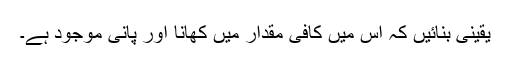
یقینی بنائیں کہ اس میں کافی مقدار میں کھانا اور پانی موجود ہے۔